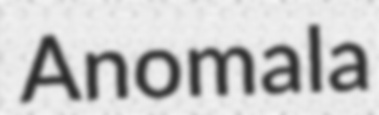
Anomala